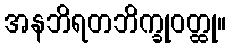
အနဘိရတဘိက္ခုဝတ္ထု။